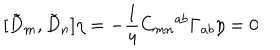
LaTeX: [ { \tilde { D } } _ { m } , { \tilde { D } } _ { n } ] \eta = - \frac { 1 } { 4 } C _ { m n } { } ^ { a b } \Gamma _ { a b } \eta = 0